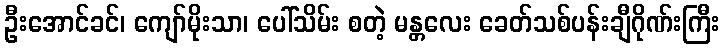
ဦးအောင်ခင်၊ ကျော်မိုးသာ၊ ပေါ်သိမ်း စတဲ့ မန္တလေး ခေတ်သစ်ပန်းချီဂိုဏ်းကြီး